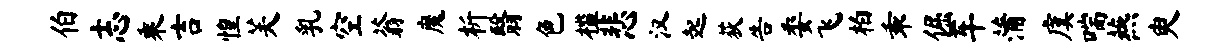
伯志乘吉惶芙乳空蓊魔析翳色槛悲汉起荻告委飞柏乖倔车蒲虞喘燕臾